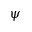
\psi